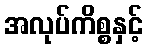
အလုပ်ကိစ္စနှင့်